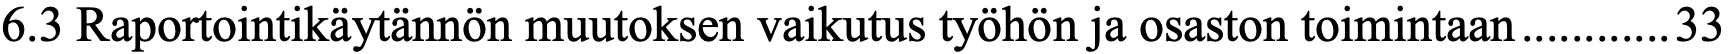
6.3 Raportointikäytännön muutoksen vaikutus työhön ja osaston toimintaan ............ 33